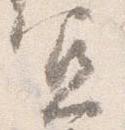
宜